Indian journal of veterinary science and animal husbandry - Volume 11,
Year: 1941
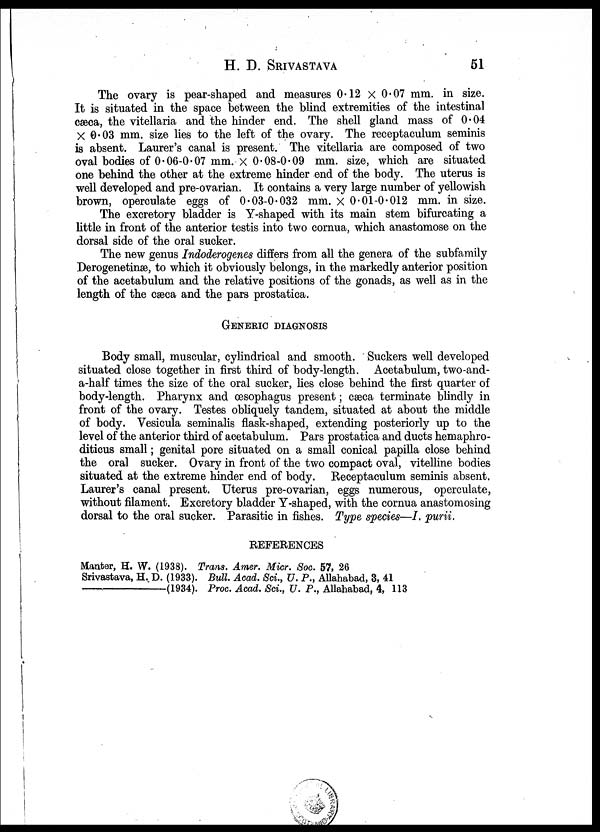
H. D.
SRIVASTAVA
51
The ovary is pear-shaped and measures 0.12 × 0.07 mm. in size.
It is situated in the space between the blind extremities of the intestinal
cæca, the vitellaria and the hinder end. The shell gland mass of 0.04
× 0.03 mm. size lies to the left of the ovary. The receptaculum seminis
is absent. Laurer's canal is present. The vitellaria are composed of two
oval bodies of 0.06-0.07 mm. × 0.08-0.09 mm. size, which are situated
one behind the other at the extreme hinder end of the body. The uterus is
well developed and pre-ovarian. It contains a very large number of yellowish
brown, operculate eggs of 0.03-0.032 mm. × 0.01-0.012 mm. in size.
The excretory bladder is Y-shaped with its main stem bifurcating a
little in front of the anterior testis into two cornua, which anastomose on the
dorsal side of the oral sucker.
The new genus Indoderogenes differs from all the genera of the subfamily
Derogenetinæ, to which it obviously belongs, in the markedly anterior position
of the acetabulum and the relative positions of the gonads, as well as in the
length of the cæca and the pars prostatica.
GENERIC DIAGNOSIS
Body small, muscular, cylindrical and smooth. Suckers well developed
situated close together in first third of body-length. Acetabulum, two-and-
a-half times the size of the oral sucker, lies close behind the first quarter of
body-length. Pharynx and œsophagus present; cæca terminate blindly in
front of the ovary. Testes obliquely tandem, situated at about the middle
of body. Vesicula seminalis flask-shaped, extending posteriorly up to the
level of the anterior third of acetabulum. Pars prostatica and ducts hemaphro¬
diticus small; genital pore situated on a small conical papilla close behind
the oral sucker. Ovary in front of the two compact oval, vitelline bodies
situated at the extreme hinder end of body. Receptaculum seminis absent.
Laurer's canal present. Uterus pre-ovarian, eggs numerous, operculate,
without filament. Excretory bladder Y-shaped, with the cornua anastomosing
dorsal to the oral sucker. Parasitic in fishes. Type species—I. purii.
REFERENCES
Manter, H. W. (1938). Trans. Amer. Micr. Soc. 57, 26
Srivastava, H. D. (1933). Bull. Acad. Sci., U. P. , Allahabad, 3, 41
—(1934). Proc. Acad. Sci. , U. P. , Allahabad, 4, 113